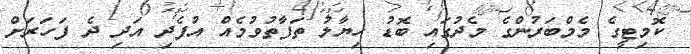
ކޮމިޓީގެ މެމްބަރުންގެ މެދުގައި ބޮޑު ޚިޔާލު ތަފާތުވުމެއް އުފެދި އަދި ދެ ފަހަރަށް